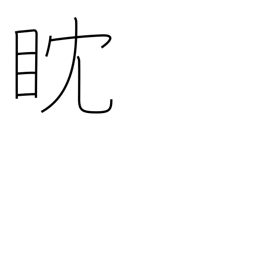
Meaning: watch intently